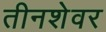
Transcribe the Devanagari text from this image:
तीनशेवर